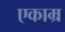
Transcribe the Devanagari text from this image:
एकाम्र